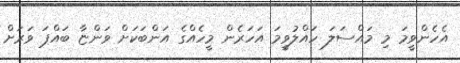
އެހެންވީމަ މި މައްސަލަ ހައްލުވީމަ އަހަރެން މީހެއްގެ އަންބަކަށް ވަންޏާ ބައްޕަ ވަރަށް